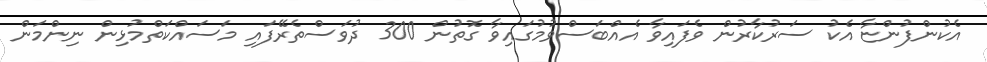
އެކުންފުންޏާ އެކު ސަރުކާރުން ވެފައިވާ އެއްބަސްވުމުގައިވާ ގޮތުން 300 ދުވަސްތެރޭފައި މަސައްކަތްމުޅިން ނިންމަން